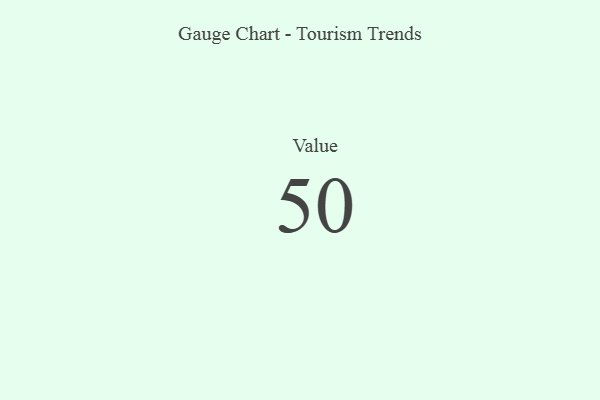
{"axis": {"x": "Metric", "y": "Value"}, "legend": [""], "data": [{"x": "Value", "y": 50, "type": ""}]}